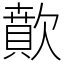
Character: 歕